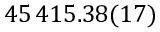
4 5 \, 4 1 5 . 3 8 ( 1 7 )